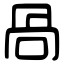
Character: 咼